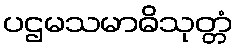
ပဌမသမာဓိသုတ္တံ